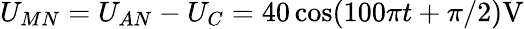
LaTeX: U_{MN}=U_{AN}-U_{C}=40\cos(100\pi t+\pi/2)\mathrm{V}